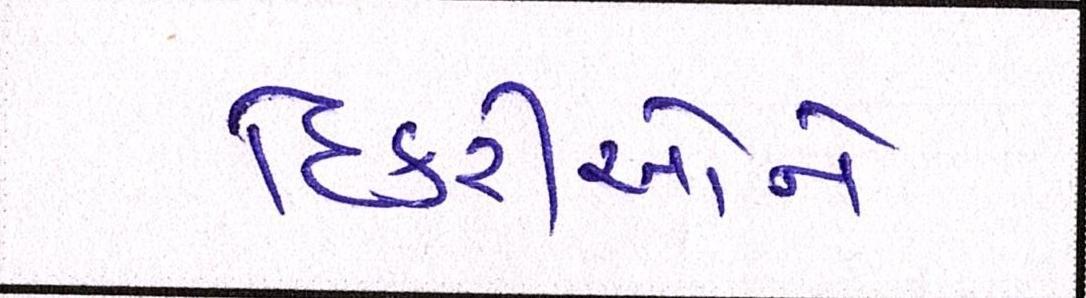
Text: દિકરીઓને